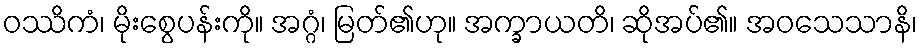
ဝဿိကံ၊ မိုးစွေပန်းကို။ အဂ္ဂံ၊ မြတ်၏ဟု။ အက္ခာယတိ၊ ဆိုအပ်၏။ အဝသေသာနိ၊